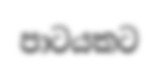
පාටයකට